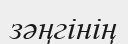
зәңгінің